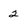
Character: 2